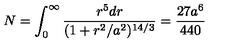
N = \int _ { 0 } ^ { \infty } \frac { r ^ { 5 } d r } { ( 1 + r ^ { 2 } / a ^ { 2 } ) ^ { 1 4 / 3 } } = \frac { 2 7 a ^ { 6 } } { 4 4 0 }